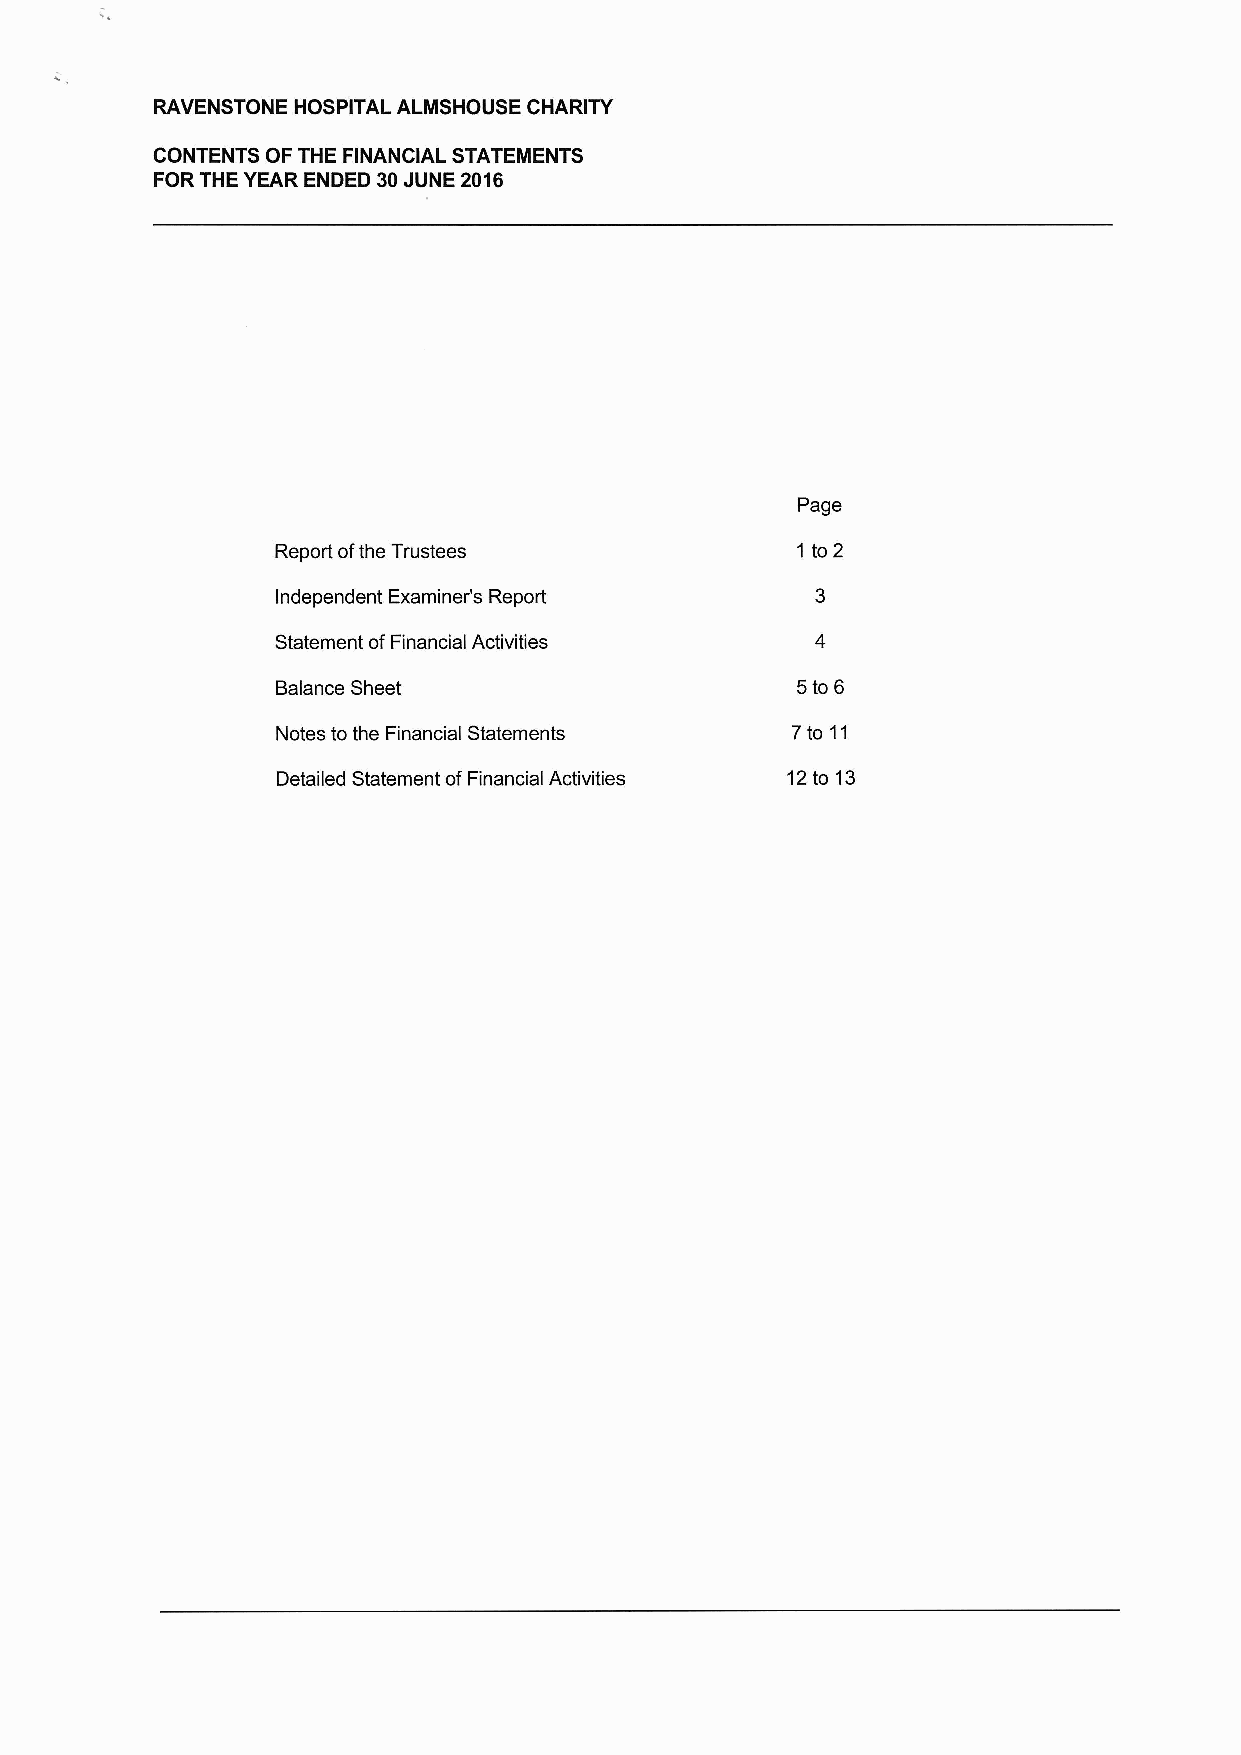
RAVENSTONE HOSPITAL ALMSHOUSE CHARITY
 CONTENTS OF THE FINANCIAL STATEMENTS
 FOR THE YEAR ENDED 30JUNE 2016
 Page
 Report ofthe Trustees              1 to 2
 Independent Examiner's Report
 Statement ofFinancial Activities
 Balance Sheet                      5to6
 Notes to the Financial Statements 7to 11
 Detailed Statement ofFinancial Activities 12to 13